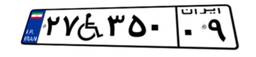
۰۵W۰۱۷۵۵